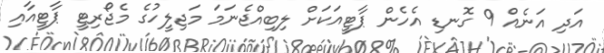
އަދި އަނެއް 9 ގޮނޑި އެހެން ޕާޓީއަކަށް ލިބިއްޖެނަމަ މަޖިލީހުގެ މެޖޯރިޓީ ޕާޓީއާއި